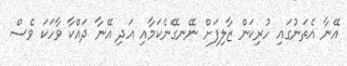
އޭނާ އެތަނުގައި ހުރިކަން ޒާލިފަށް ނޭނގޭނެކަމާއި އަދި އޭނާ ދައްކާ ވާހަކަ ވެސް